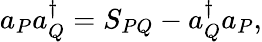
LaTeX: a_{P}a_{Q}^{\dagger}=S_{PQ}-a_{Q}^{\dagger}a_{P},